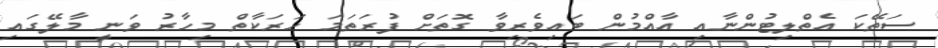
ސަތޭކަ އެތްލިޓުންނާއި އާއްމުން ބައިވެރިވާ ގޮތަށް ފުރަތަމަ ހަރަކާތް މިހާރު ވަނީ މާލޭގައި